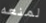
لمنعه